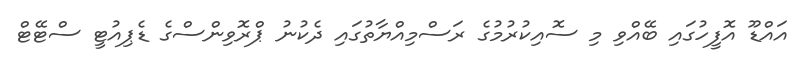
އައްޑޫ އޮފީހުގައި ބޭއްވި މި ސޮއިކުރުމުގެ ރަސްމިއްޔާތުގައި ދެކުނު ޕްރޮވިންސްގެ ޑެޕިއުޓީ ސްޓޭޓް